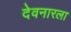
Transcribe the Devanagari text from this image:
देवनारला